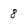
Character: 8